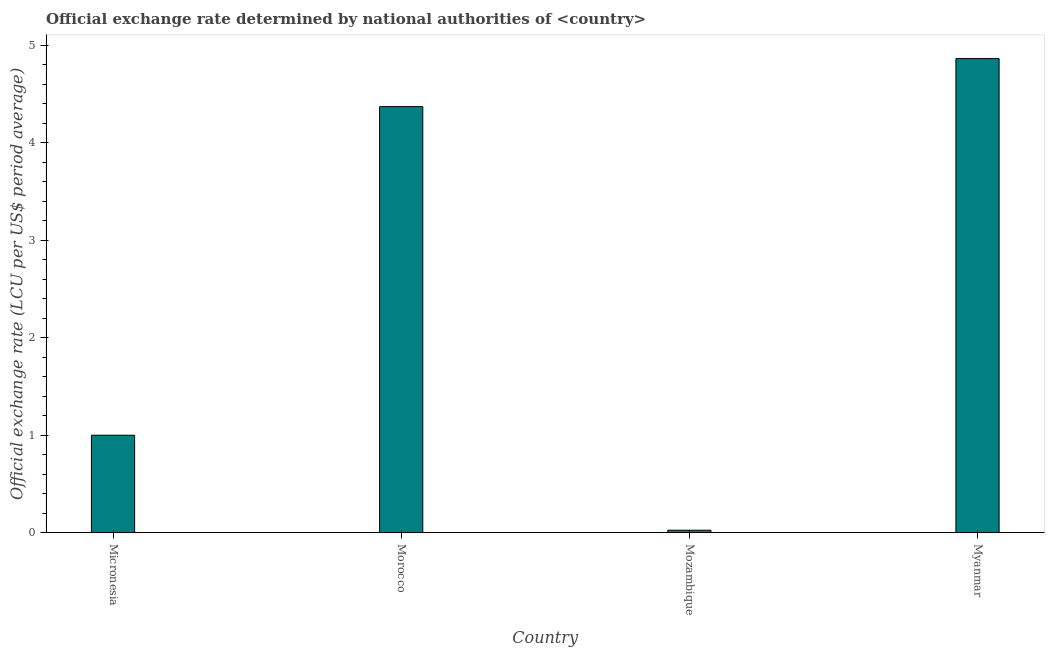
| Country | Official exchange rate |
 | --- | --- |
 | Micronesia | 1 |
 | Morocco | 4.37 |
 | Mozambique | 0.0254 |
 | Myanmar | 4.86 |